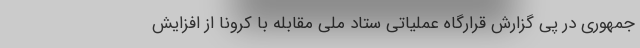
جمهوری در پی گزارش قرارگاه عملیاتی ستاد ملی مقابله با کرونا از افزایش